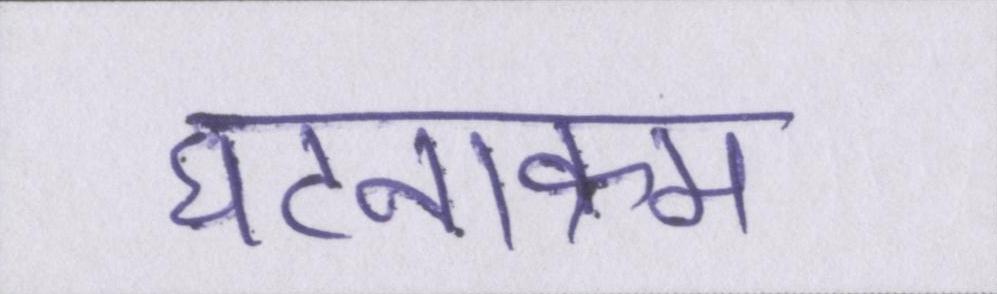
घटनाक्रम